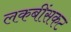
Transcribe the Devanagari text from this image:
लकबींसकट